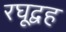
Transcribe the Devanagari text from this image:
रघूद्वह